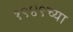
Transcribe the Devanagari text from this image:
१९४९च्या